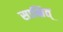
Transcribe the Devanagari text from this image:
साक्षित्‌